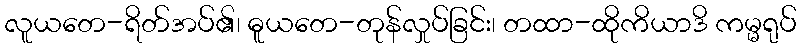
လူယတေ-ရိတ်အပ်၏၊ ဓူယတေ-တုန်လှုပ်ခြင်း၊ တထာ-ထိုကိယာဒိ ကမ္မရုပ်